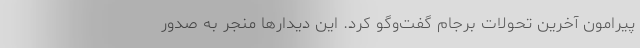
پیرامون آخرین تحولات برجام گفت‌وگو کرد. این دیدارها منجر به صدور